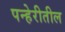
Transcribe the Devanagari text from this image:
पन्हेरीतील